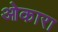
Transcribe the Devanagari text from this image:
ओकारा